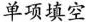
单项填空